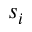
s _ { i }